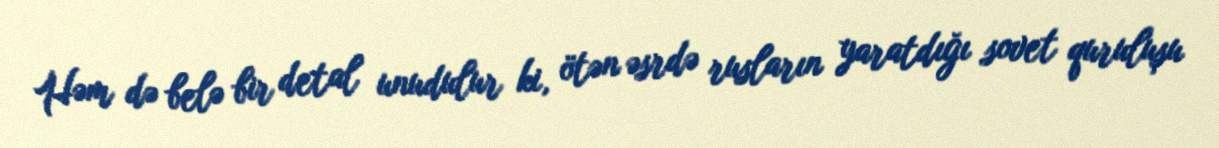
Həm də belə bir detal unudulur ki, ötən əsrdə rusların yaratdığı sovet quruluşu